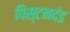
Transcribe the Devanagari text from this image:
पिस्टनदंड